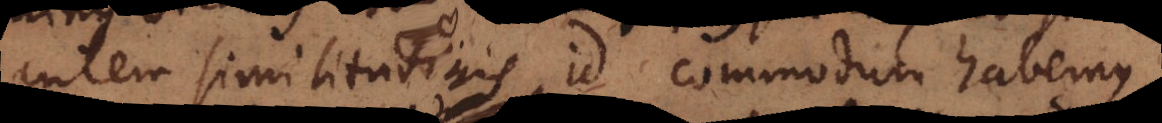
autem similitudinis id commodum habemus